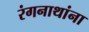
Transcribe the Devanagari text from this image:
रंगनाथांना